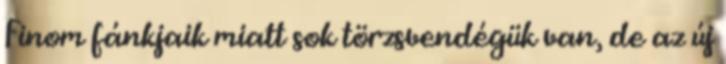
Finom fánkjaik miatt sok törzsvendégük van, de az új